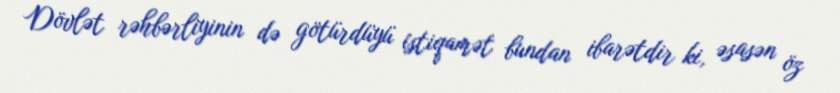
Dövlət rəhbərliyinin də götürdüyü istiqamət bundan ibarətdir ki, əsasən öz